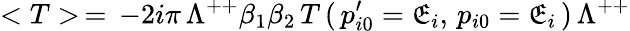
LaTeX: <T>\, =\, -2i\pi\, \Lambda^{++}\beta_{1}\beta_{2}\, T\, (\, p_{i0}^{\prime}=\mathfrak{E}_{i},\, p_{i0}=\mathfrak{E}_{i}\, )\, \Lambda^{++}